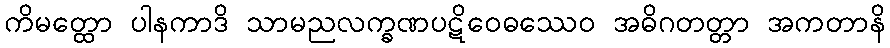
ကိမတ္ထော ပါနကာဒိ သာမညလက္ခဏပဋိဝေဓဿေဝ အဓိဂတတ္တာ အကတာနိ